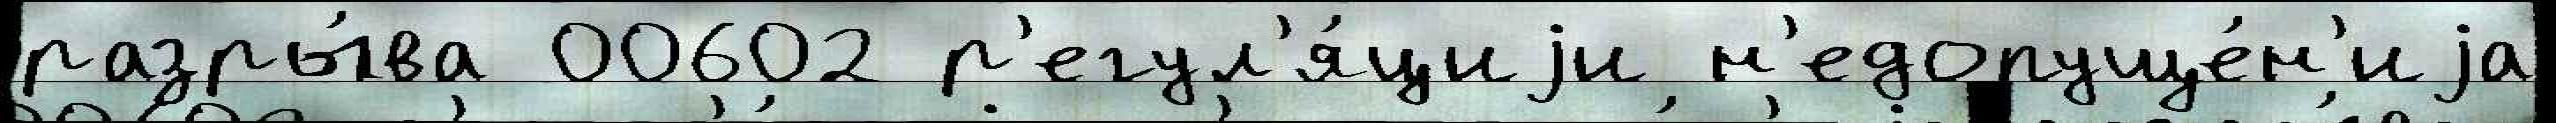
разры́ва 00602 р'егул'я́циjи н'едопуще́н'иjа